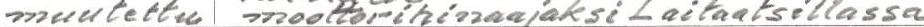
muutettu moottorihinaajaksi Laitaatsillassa